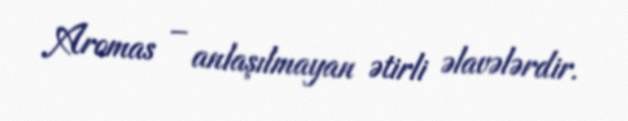
Aromas – anlaşılmayan ətirli əlavələrdir.